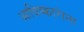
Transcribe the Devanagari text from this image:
आविष्कारांना